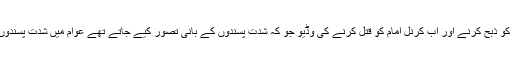
“صالح نے کہا کہ عورتوں کو کوڑے مارنے، غیر ملکیوں کو ذبح کرنے اور اب کرنل امام کو قتل کرنے کی وڈیو جو کہ شدت پسندوں کے بانی تصور کیے جاتے تھے عوام میں شدت پسندوں کے ظالمانہ کاروائیوں کے خلاف نفرت پیدا کررہے ہیں"۔